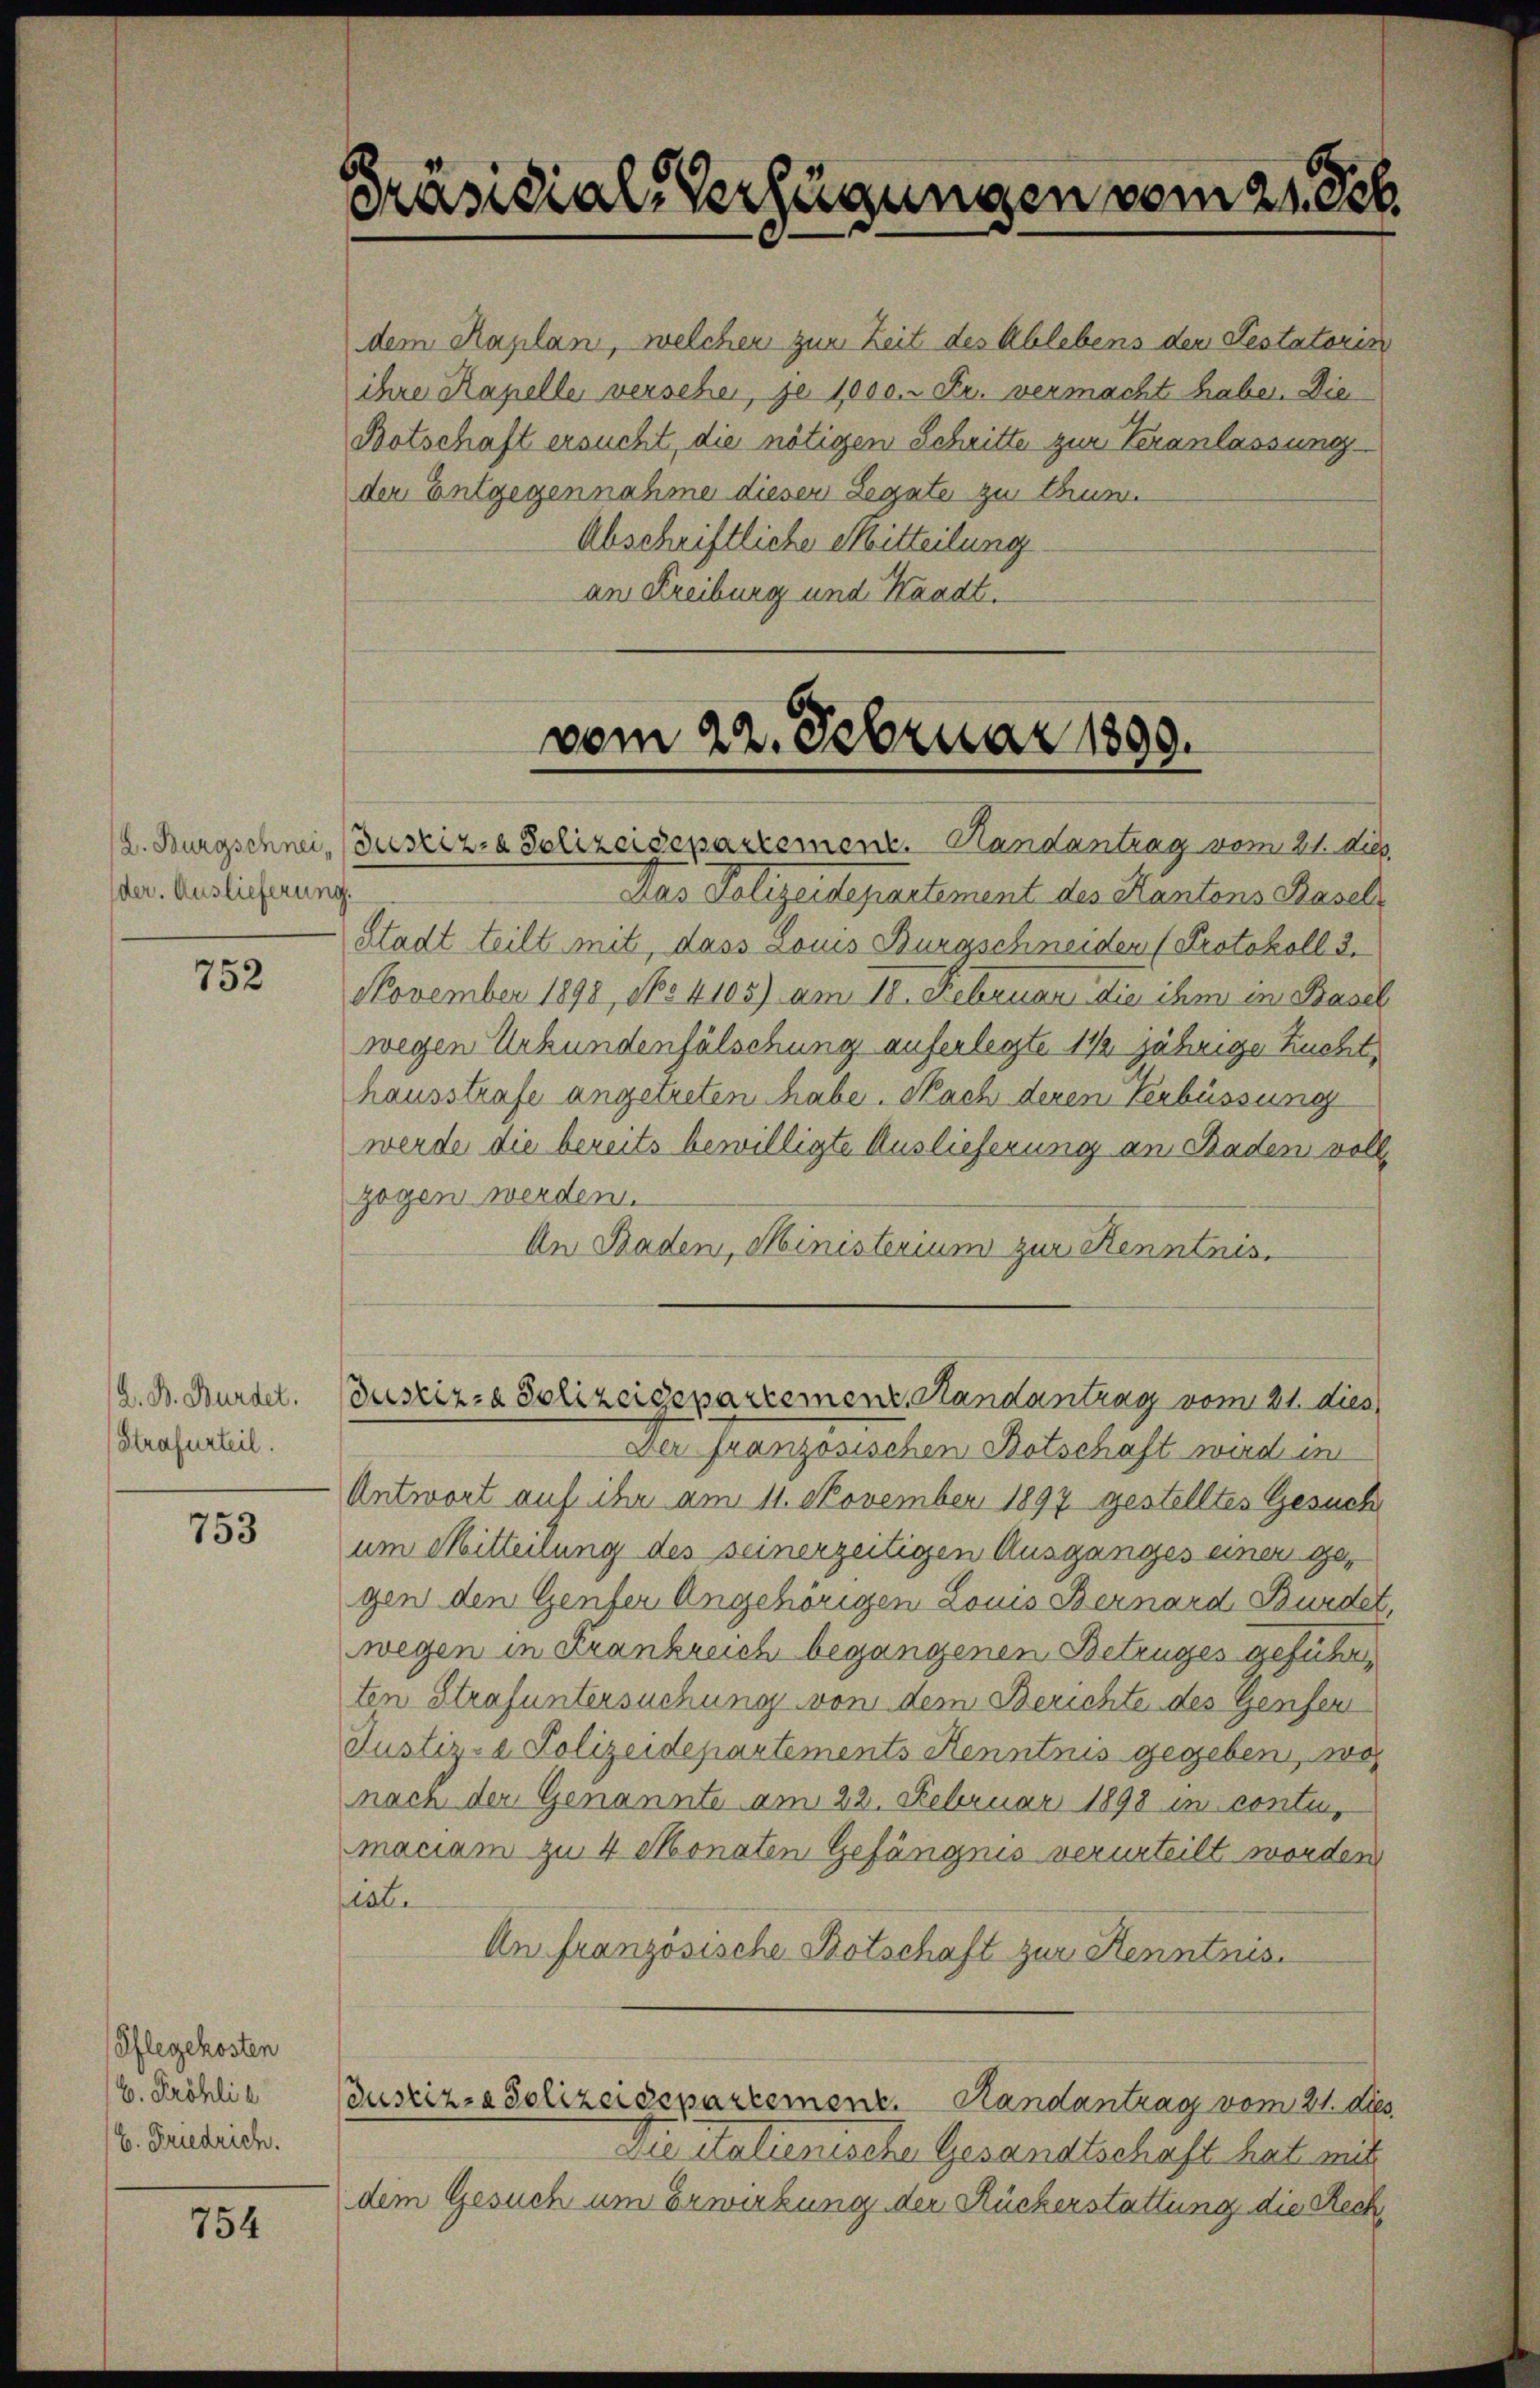
der. Auslieferung.

752

A. B. Bürdet.
Strafurteil.

753

Pflegekosten
16. Fröhlic
C. Friedrich.

754

Präsidial-Verfügungen vom 21. 336.

dem Kaplan, welchen zur Zeit des Ablebens den Testatoris
ihre Kapelle versehen, je 1000.- Fr. vermacht haben. Die
Botschaft ersucht, die nötigen Schritte zur Veranlassung
der Entgegennahme diesen Legate zu thun.
Abschriftliche Mitteilung
an Freiburg und Waadt.
vom 22. Februar 1890.

(L. Burgschnei, (Justiz- & Polizeidepartement. Handantrag vom 21. Aug.
Das Polizeidepartement des Kantons Basel
Stadt teilt mit, dass Louis Burgschneiden (Protokoll 3.
November 1898, No 4105) am 18. Februar die ihm in Basel
wegen Urkundenfälschung auferlegte 14 jährige Zucht
hausstrafe angetreten habe. Nach deren Verbüssung
werde die bereits bewilligte Auslieferung an Baden vollzogen werden.
An Baden, Ministerium zur Kenntnis.
Der französischen Botschaft wird in
Antwort auf ihr am 11. November 1897 gestelltes Gesuch
um Mitteilung des seinerzeitigen Ausganges einen gegen den Genfer Angehörigen Louis Bernard Bundet,
wegen in Frankreich begangenen Betruges geführ
ten Strafuntersuchung von dem Berichte des Genfer
Justiz- & Polizeidepartements Kenntnis gegeben, wo
nach der Genannte am 22. Februar 1898 in conti,
maciam zu 4 Monaten Gefängnis verurteilt worden
hist.
An französische Botschaft zur Kenntnis.
Justiz- & Polizeidepartement. Randantrag vom 21. ds.
Die Italienische Gesandtschaft hat mit
dem Gesuch um Erwirkung der Rückerstattung die Rech

ustiz- & Polizeigepartement, Handantrag vom 21. dies